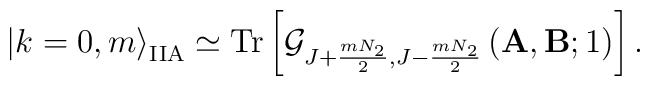
\left| k=0, m \right>_{\mathrm{IIA}} \simeq \mathrm{Tr} \left[              \mathcal{G}_{J+\frac{m N_2}{2},J-\frac{m N_2}{2}}                 \left( \mathbf{A}, \mathbf{B}; 1 \right)                     \right].